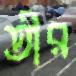
তীর